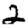
Digit: 2